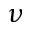
\nu